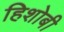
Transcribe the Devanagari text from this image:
हिशोबी